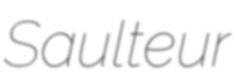
Saulteur